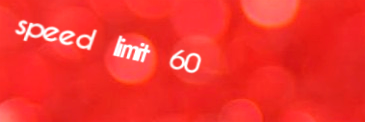
speed limit 60